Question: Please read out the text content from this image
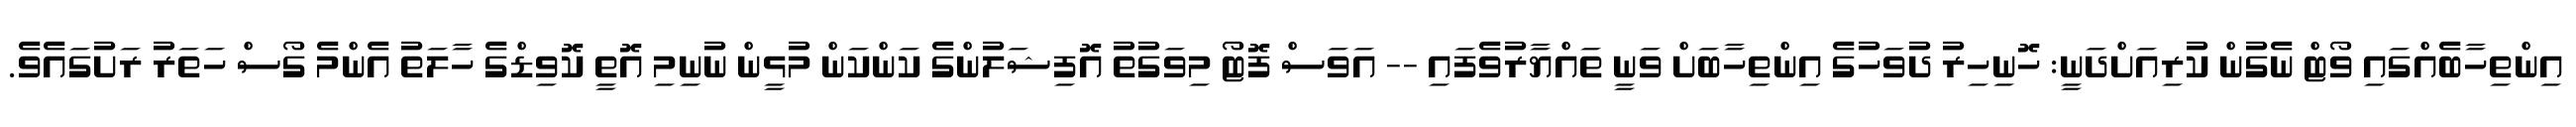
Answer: އިންތިހާބެއްގައި ވޯޓް ނެގުން ކުރިއަށްދަނީ: ހޮނިހިރު ދުވަހުގެ އިންތިހާބަށް ވަނީ ތައްޔާރުވެފައި -- އަވަސް ފޮޓޯ މިވަގުތު އޮފިޝަލުންގެ ކަންކަން މުޅީން ނުނިމި އޮތީ ކޮވިޑްގެ ހާލަތު އެންމެ ގޯސް ހަތަރު ރަށުގައެވެ.